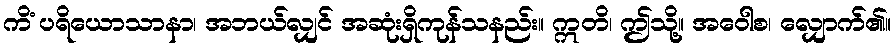
ကိံ ပရိယောသာနာ၊ အဘယ်လျှင် အဆုံးရှိကုန်သနည်း။ ဣတိ၊ ဤသို့။ အဝေါစ၊ လျှောက်၏။